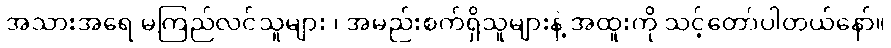
အသားအရေ မကြည်လင်သူများ ၊ အမည်းစက်ရှိသူများနဲ့ အထူးကို သင့်တော်ပါတယ်နော်။